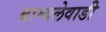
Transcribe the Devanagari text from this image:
बाम्बलेवाडी